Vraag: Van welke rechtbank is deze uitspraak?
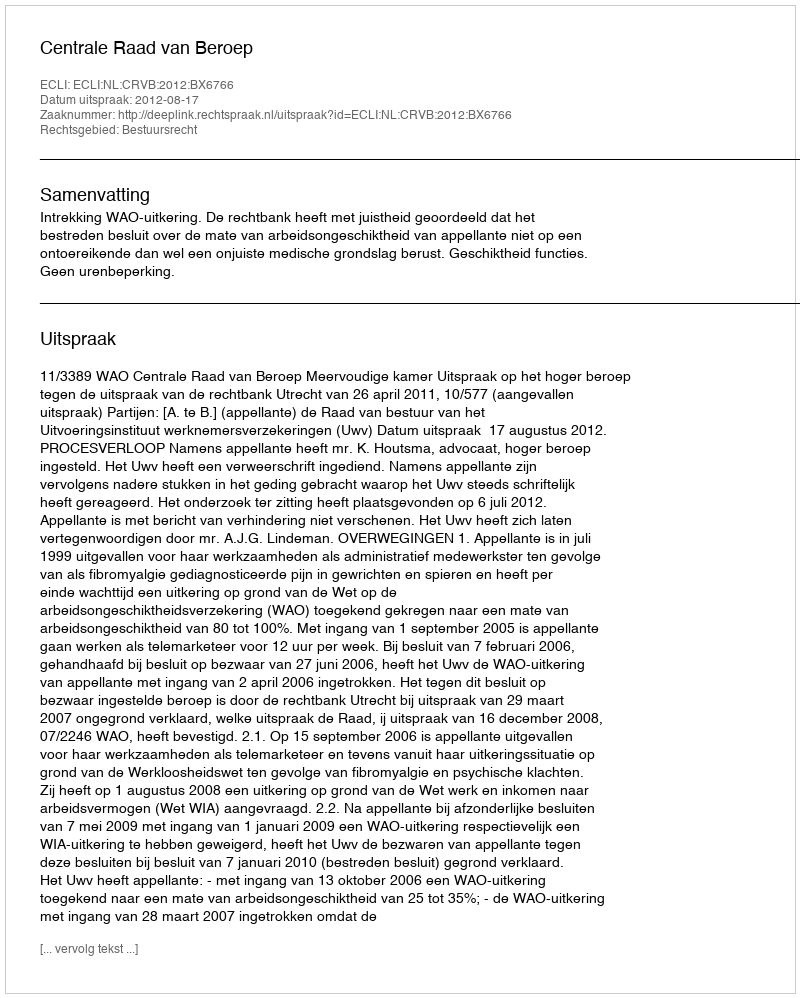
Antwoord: Centrale Raad van Beroep